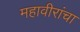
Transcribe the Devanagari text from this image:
महावीरांचा